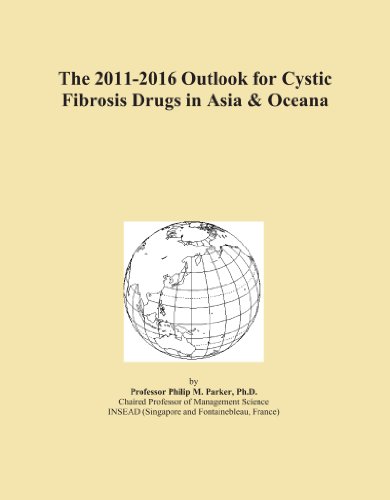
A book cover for The 2011-2016 Outlook for Cystic Fibrosis Drugs in Asia & Oceana; Icon Group International; Health, Fitness & Dieting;